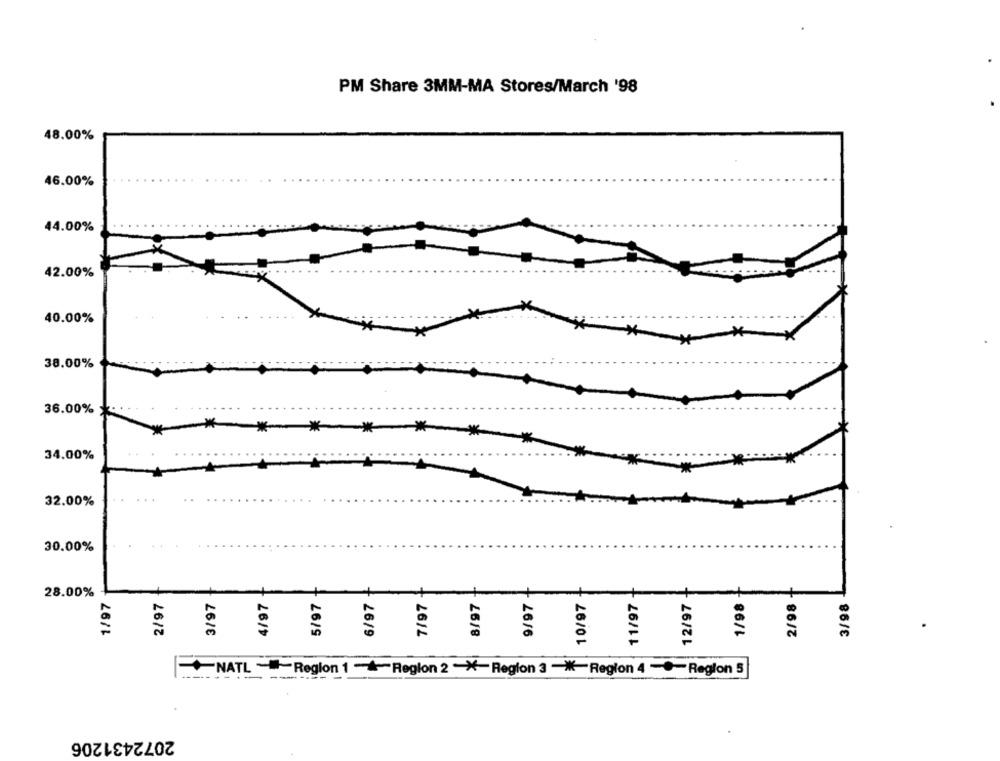
PM Share 3MM-MA Stores/March '98
48.00%
46.00%
44.00%
42.00%
40.00%
38.00%
36.00%
******
34.00%
32.00%
30.00%
7/97 +
1/98 +
28.00%
2/97
6/97
9/97
10/97
1/97
3/97
4/97
5/97
8/97
11/97
12/97
2/98
3/98
NATL -Region 1 -- Region 2 "X-Region 3 -K-Region 4 -Region 5
--- -
2072431206